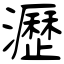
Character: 瀝